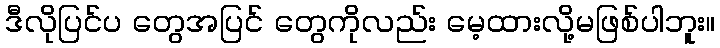
ဒီလိုပြင်ပ တွေအပြင် တွေကိုလည်း မေ့ထားလို့မဖြစ်ပါဘူး။